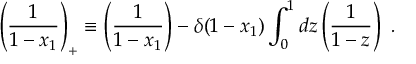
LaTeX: Z ( T ) = { \frac { k _ { + } e ^ { - k _ { - } T } - k _ { - } e ^ { - k _ { + } T } } { k _ { + } - k _ { - } } } ,